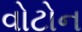
વોટોન